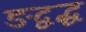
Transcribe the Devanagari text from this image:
ङद्वद्ध